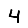
Digit: 4